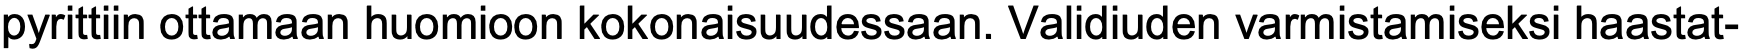
pyrittiin ottamaan huomioon kokonaisuudessaan. Validiuden varmistamiseksi haastat-